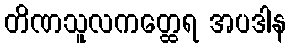
တိဏသူလကတ္ထေရ အပဒါန